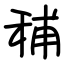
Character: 秿